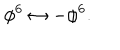
LaTeX: \phi ^ { 6 } \leftrightarrow - \phi ^ { 6 } .